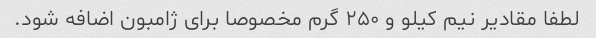
لطفا مقادیر نیم کیلو و ۲۵۰ گرم مخصوصا برای ژامبون اضافه شود.